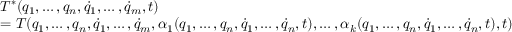
\begin{array} { l } { T ^ { * } ( q _ { 1 } , \dots , q _ { n } , { \dot { q } } _ { 1 } , \dots , { \dot { q } } _ { m } , t ) } \\ { = T ( q _ { 1 } , \dots , q _ { n } , { \dot { q } } _ { 1 } , \dots , { \dot { q } } _ { m } , \alpha _ { 1 } ( q _ { 1 } , \dots , q _ { n } , { \dot { q } } _ { 1 } , \dots , { \dot { q } } _ { n } , t ) , \dots , \alpha _ { k } ( q _ { 1 } , \dots , q _ { n } , { \dot { q } } _ { 1 } , \dots , { \dot { q } } _ { n } , t ) , t ) } \end{array}